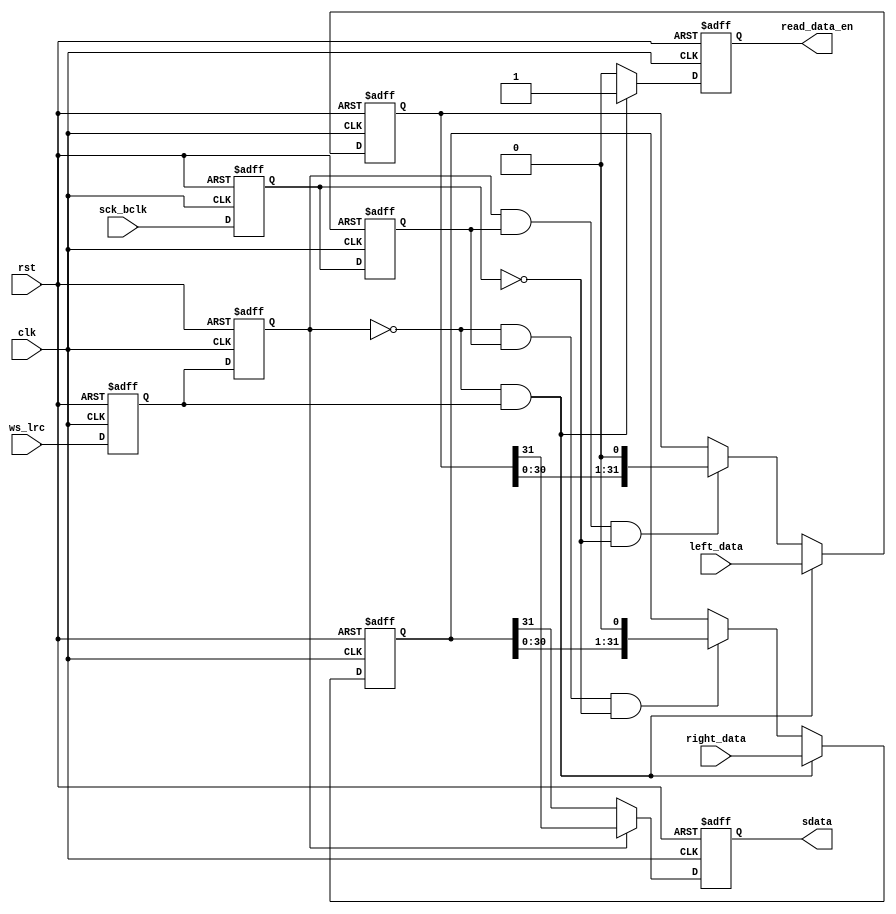
module audio_tx
(
	input                            rst,                  
	input                            clk, 
	input                            sck_bclk,     //audio bit clock
	input                            ws_lrc,       //DAC sample rate left right clock
	output reg                       sdata,        //DAC audio data output 
	input[31:0]                      left_data,    //left channel audio data,ws_lrc = 1
	input[31:0]                      right_data,   //right channel audio data,ws_lrc = 0
	output reg                       read_data_en  //read data enable

);
reg                                  sck_bclk_d0; //delay sck_bclk
reg                                  sck_bclk_d1; //delay sck_bclk
reg                                  ws_lrc_d0;   //delay ws_lrc
reg                                  ws_lrc_d1;   //delay ws_lrc
reg[31:0]                            left_data_shift; //left channel audio data shift register
reg[31:0]                            right_data_shift;//right channel audio data shift register

always@(posedge clk or posedge rst)
begin
	if(rst == 1'b1)
	begin
		sck_bclk_d0 <= 1'b0;
		sck_bclk_d1 <= 1'b0;
		ws_lrc_d0 <= 1'b0;
		ws_lrc_d1 <= 1'b0;
	end
	else
	begin
		//delay 
		sck_bclk_d0 <= sck_bclk;
		sck_bclk_d1 <= sck_bclk_d0;
		ws_lrc_d0 <= ws_lrc;
		ws_lrc_d1 <= ws_lrc_d0;
	end
end

always@(posedge clk or posedge rst)
begin
	if(rst == 1'b1)
		left_data_shift <= 32'd0;
	else if(ws_lrc_d1 == 1'b0 && ws_lrc_d0 == 1'b1)//ws_lrc posedge 
		left_data_shift <= left_data;
	else if(ws_lrc_d1 == 1'b1 && sck_bclk_d1 == 1'b1 && sck_bclk_d0 == 1'b0)//ws_lrc = 1 ,sck_bclk negedge 
		left_data_shift <= {left_data_shift[30:0],1'b0};
end

always@(posedge clk or posedge rst)
begin
	if(rst == 1'b1)
		right_data_shift <= 32'd0;
	else if(ws_lrc_d1 == 1'b0 && ws_lrc_d0 == 1'b1) //ws_lrc posedge 
		right_data_shift <= right_data;
	else if(ws_lrc_d1 == 1'b0 && sck_bclk_d1 == 1'b1 && sck_bclk_d0 == 1'b0)//ws_lrc = 0 ,sck_bclk negedge
		right_data_shift <= {right_data_shift[30:0],1'b0};
end

always@(posedge clk or posedge rst)
begin
	if(rst == 1'b1)
		sdata <= 1'd0;
	else if(ws_lrc_d1 == 1'b1)
		sdata <= left_data_shift[31];
	else if(ws_lrc_d1 == 1'b0)
		sdata <= right_data_shift[31];
end


always@(posedge clk or posedge rst)
begin
	if(rst == 1'b1)
		read_data_en <= 1'b0;
	else if(ws_lrc_d1 == 1'b0 && ws_lrc_d0 == 1'b1)//ws_lrc posedge  read the next audio data
		read_data_en <= 1'b1;
	else
		read_data_en <= 1'b0;
end

endmodule